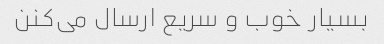
بسیار خوب و سریع ارسال می‌کنن